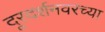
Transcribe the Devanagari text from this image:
दूरदर्शनवरच्या